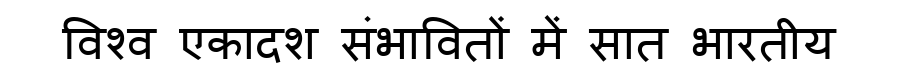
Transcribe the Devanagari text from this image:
विश्व एकादश संभावितों में सात भारतीय